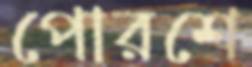
পোরশে